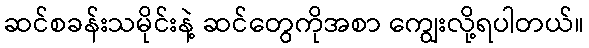
ဆင်စခန်းသမိုင်းနဲ့ ဆင်တွေကိုအစာ ကျွေးလို့ရပါတယ်။